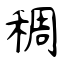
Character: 稠